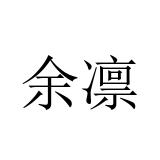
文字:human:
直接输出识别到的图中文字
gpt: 余凛